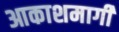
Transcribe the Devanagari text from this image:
आकाशमार्गी